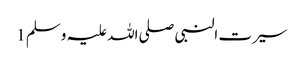
سیرت النبی صلی اللہ علیہ وسلم 1